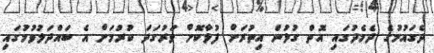
ދެގައުމުގެ ދެމެދުގައި އޮތް ގުޅުން އިތުރަށް ފުޅާކޮށް ވަރުގަދަ ކުރުމަށް އެ ބައްދަލުވުމުގައި